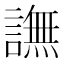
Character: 譕